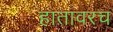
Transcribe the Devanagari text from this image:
हातावरच